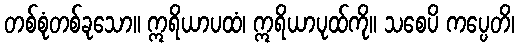
တစ်စုံတစ်ခုသော။ ဣရိယာပထံ၊ ဣရိယာပုထ်ကို။ သစေပိ ကပ္ပေတိ၊